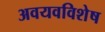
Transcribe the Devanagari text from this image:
अवयवविशेष